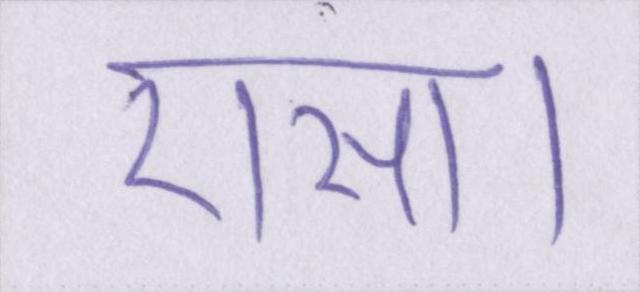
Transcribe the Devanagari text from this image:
ऐसा।